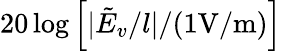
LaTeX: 20\log\left[|\tilde{E}_{v}/l|/(1\mathrm{{V/m})}\right]